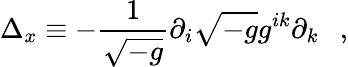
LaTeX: \Delta_{x}\equiv-{\frac{1}{\sqrt{-g}}}\partial_{i}\sqrt{-g}g^{ik}\partial_{k}~~~,